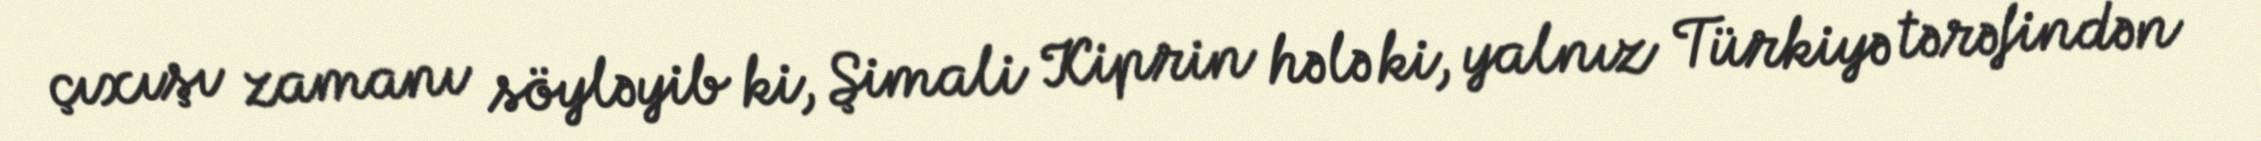
çıxışı zamanı söyləyib ki, Şimali Kiprin hələ ki, yalnız Türkiyə tərəfindən